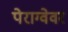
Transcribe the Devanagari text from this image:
पेराग्वेवर